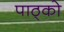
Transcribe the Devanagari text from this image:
पाठ्को